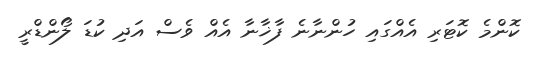
ކޮންމެ ކޮޓަރި އެއްގައި ހުންނާނެ ފާޚާނާ އެއް ވެސް އަދި ކުޑަ ލޯންޑްރީ